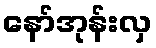
နော်အုန်းလှ